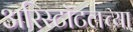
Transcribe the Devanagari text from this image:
अरिस्टॉटलच्या